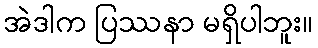
အဲဒါက ပြဿနာ မရှိပါဘူး။